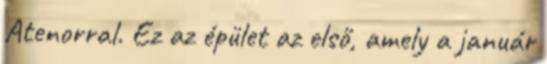
Atenorral. Ez az épület az első, amely a január